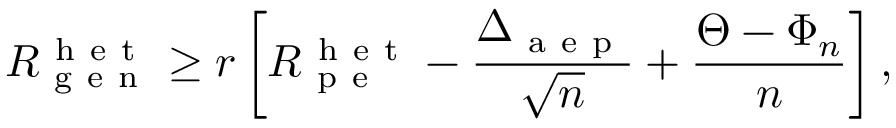
R _ { \mathrm { ~ g ~ e ~ n ~ } } ^ { \mathrm { ~ h ~ e ~ t ~ } } \geq r \left[ R _ { \mathrm { ~ p ~ e ~ } } ^ { \mathrm { ~ h ~ e ~ t ~ } } - \frac { \Delta _ { \mathrm { ~ a ~ e ~ p ~ } } } { \sqrt { n } } + \frac { \Theta - \Phi _ { n } } { n } \right] ,